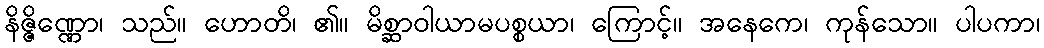
နိဇ္ဇိဏ္ဏော၊ သည်။ ဟောတိ၊ ၏။ မိစ္ဆာဝါယာမပစ္စယာ၊ ကြောင့်။ အနေကေ၊ ကုန်သော။ ပါပကာ၊